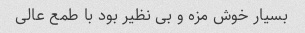
بسیار خوش مزه و بی نظیر بود با طمع عالی